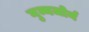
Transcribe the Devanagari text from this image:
गुन्नजोर्न